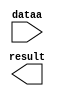
module lpm_mult_invis (
	dataa,
	result);

	input	[13:0]  dataa;
	output	[15:0]  result;

endmodule